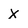
Character: X